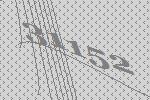
31152